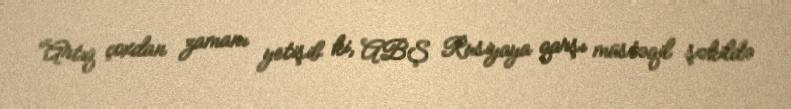
“Artıq çoxdan zamanı yetişib ki, ABŞ Rusiyaya qarşı müstəqil şəkildə